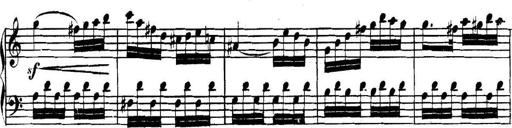
Title: Collected Piano Sonatas
Composer: Muzio Clementi